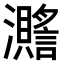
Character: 𤄧